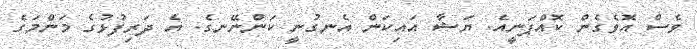
ވެސް އޮވެގެން ކޮއްޕަނީއެ. ޔަޝާ އައިކަން އެނގުނީ ކަންނޭނގެ. އެ ދަރިފުޅުގެ މަންމަގެ